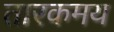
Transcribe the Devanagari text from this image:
तारकमय